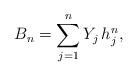
LaTeX: \begin{align*} B_{n}=\sum_{j=1}^{n} Y_{j}\, h_{j}^{n},\end{align*}